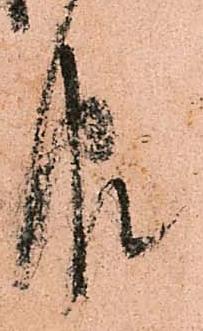
報